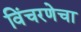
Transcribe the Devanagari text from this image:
विंचरणेचा